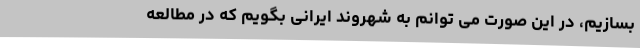
بسازیم، در این صورت می توانم به شهروند ایرانی بگویم که در مطالعه